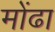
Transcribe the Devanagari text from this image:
मोंढा